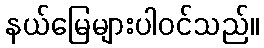
နယ်မြေများပါဝင်သည်။